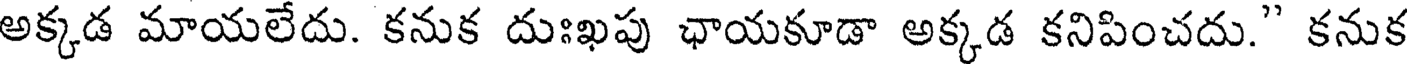
అక్కడ మాయలేదు. కనుక దుఃఖపు ఛాయకూడా అక్కడ కనిపించదు." కనుక